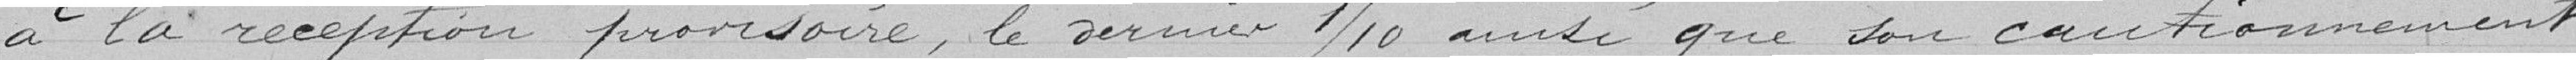
à la réception provisoire, le dernier 1/10 ainsi que son cautionnement